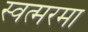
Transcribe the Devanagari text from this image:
स्वत्मरमा